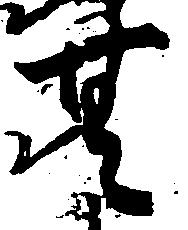
無